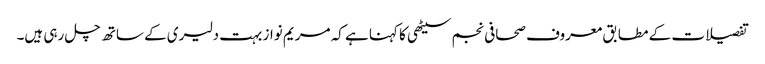
تفصیلات کے مطابق معروف صحافی نجم سیٹھی کا کہنا ہے کہ مریم نواز بہت دلیری کے ساتھ چل رہی ہیں۔